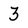
Character: 3